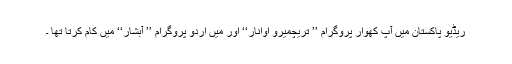
ریڈیو پاکستان میں آپ کھوار پروگرام ’’ تریچمیرو اوانار‘‘ اور میں اُردو پروگرام ’’ آبشار‘‘ میں کام کرتا تھا ۔